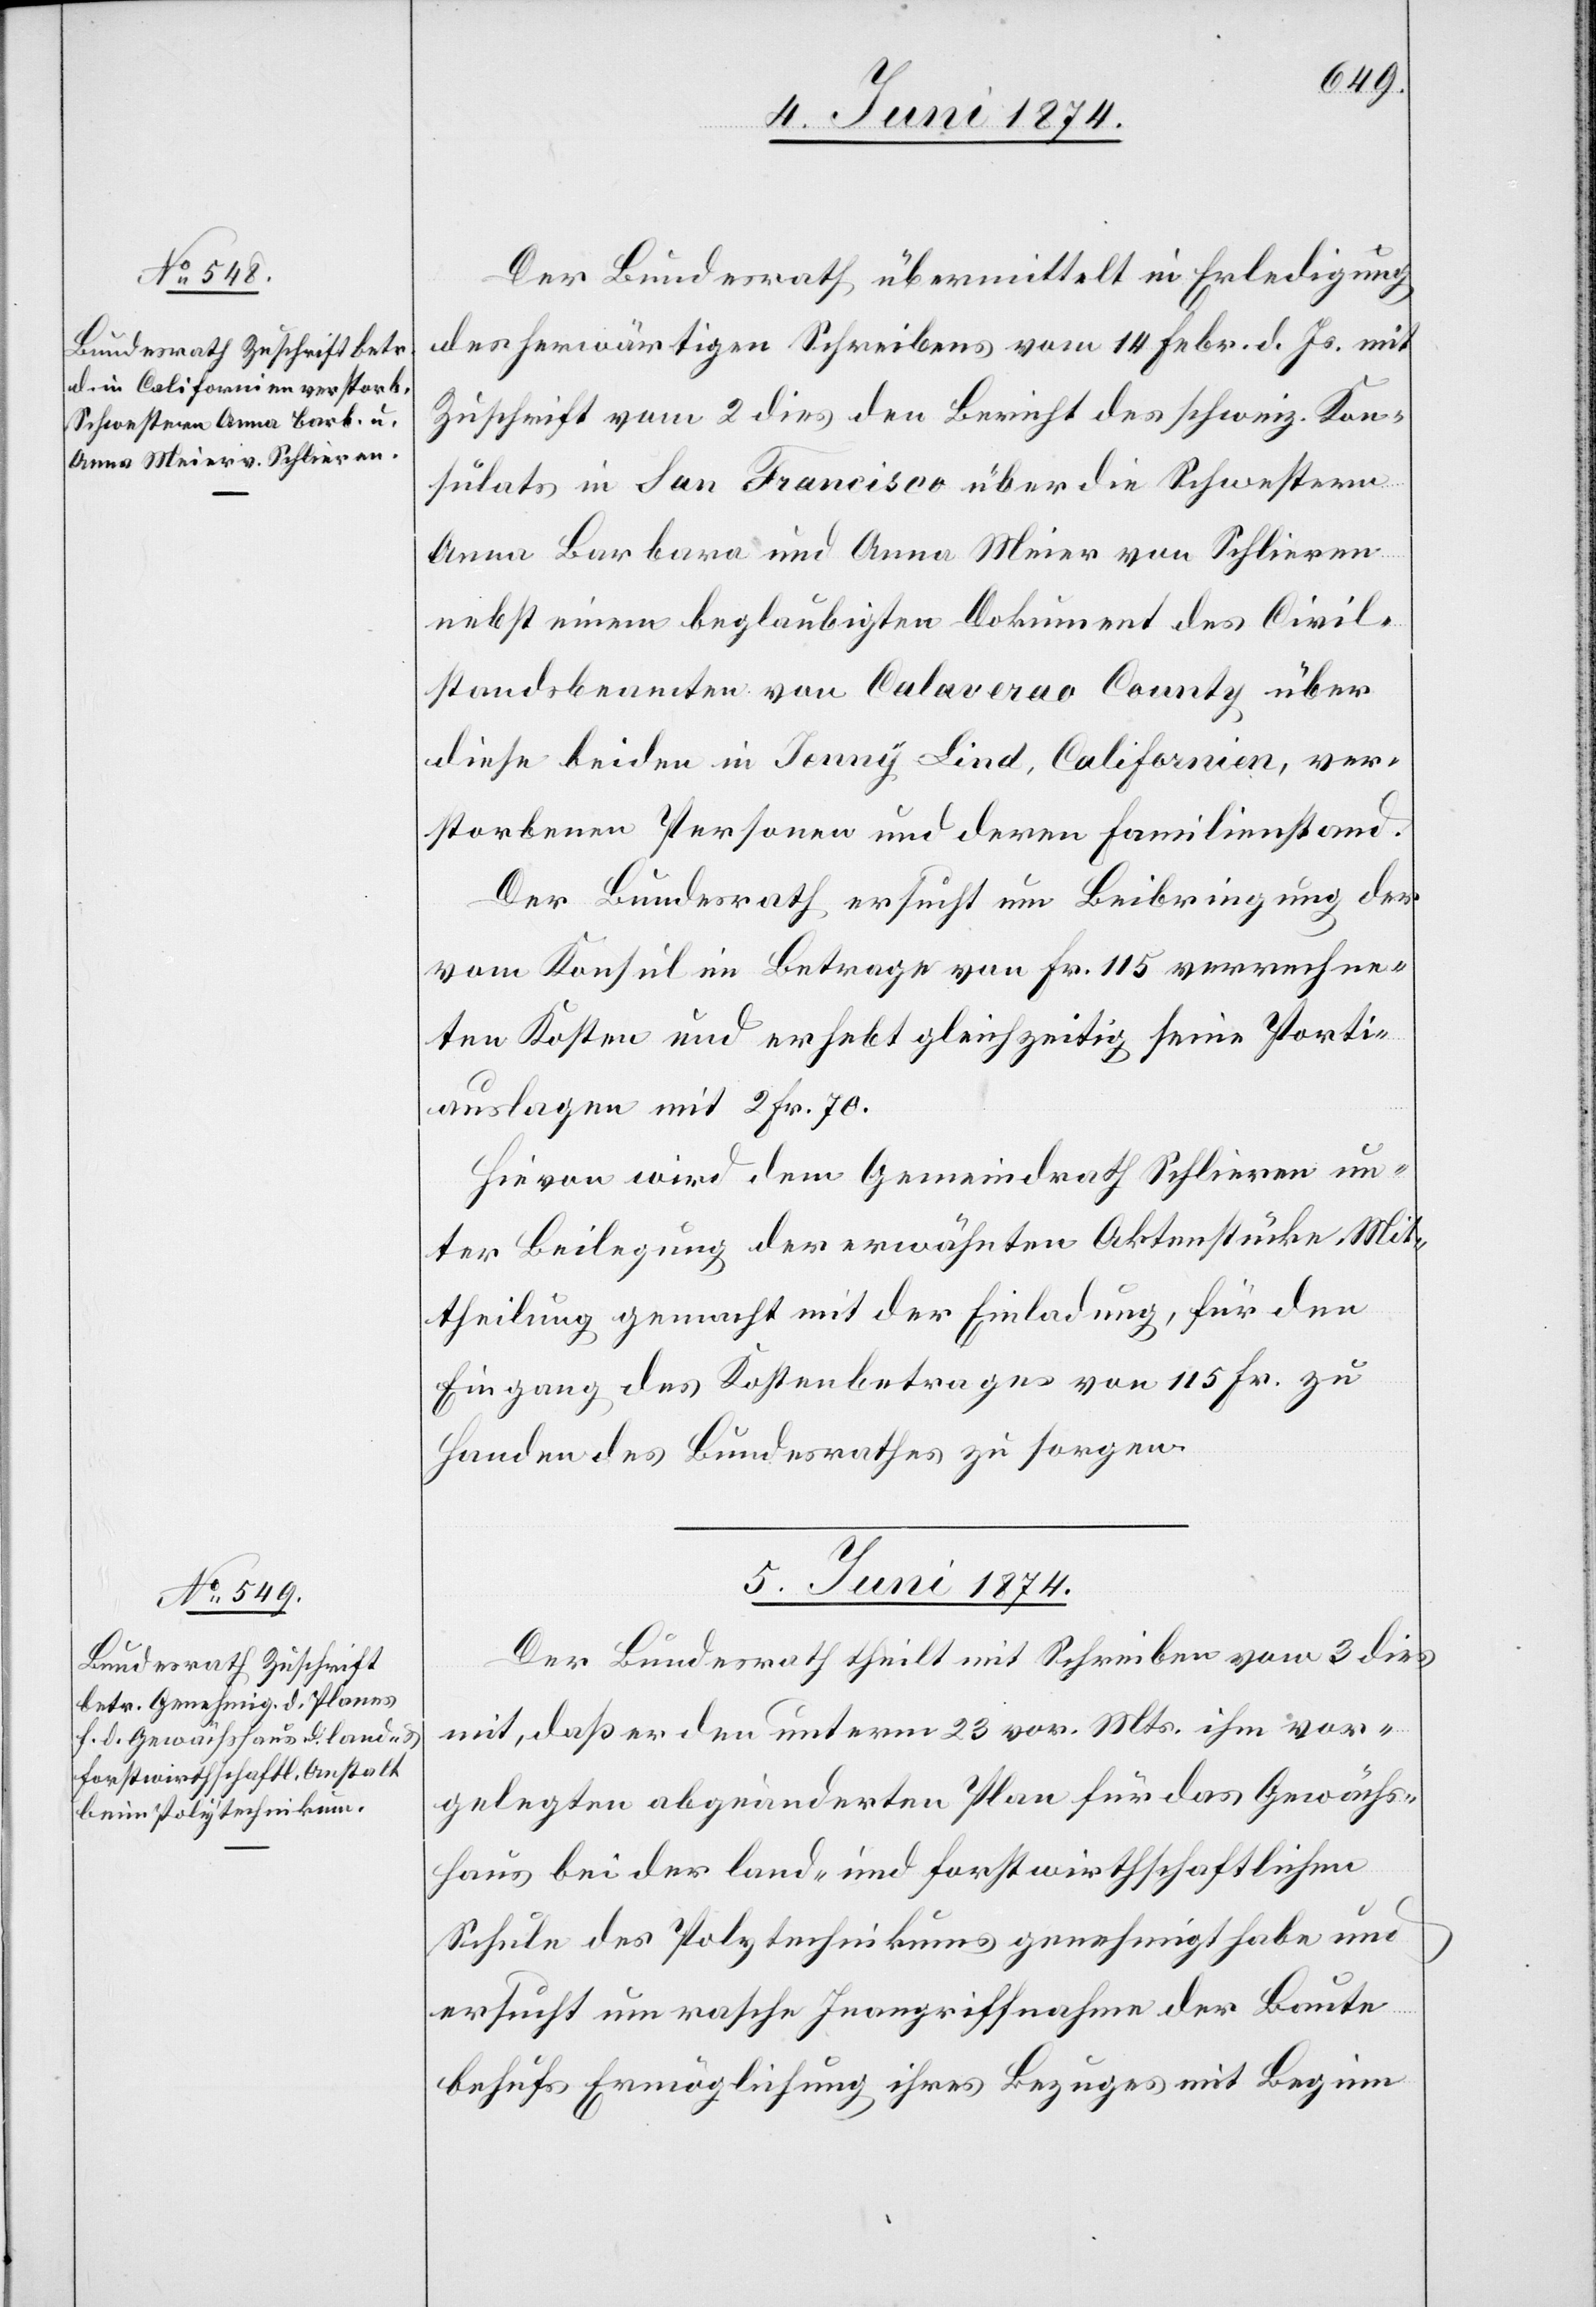
4. Juni 1874.]
Der Bundesrath übermittelt in Erledigung
des herwärtigen Schreibens vom 14. Febr. d. Js. mit
Zuschrift vom 2. dies den Bericht des schweiz. Kon¬
sulats in San Francisco über die Schwestern
Anna Barbara und Anna Meier von Schlieren
nebst einem beglaubigten Dokument des Civil¬
standsbeamten von Calaverao County über
diese beiden in Jenny Lind, Californien, ver¬
storbenen Personen und deren Familienstand.
Der Bundesrath ersucht um Beibringung der
vom Konsul im Betrage von Fr. 115 verrechne¬
ten Kosten und erhebt gleichzeitig seine Porti¬
auslagen mit 2 Fr. 70.
Hievon wird dem Gemeindrath Schlieren un¬
ter Beilegung der erwähnten Aktenstücke Mit¬
theilung gemacht mit der Einladung, für den
Eingang des Kostenbetrages von 115 Fr. zu
Handen des Bundesrathes zu sorgen.
5. Juni 1874.
Der Bundesrath theilt mit Schreiben vom 3. dies
mit, daß er den unterm 23. vor. Mts. ihm vor¬
gelegten abgeänderten Plan für das Gewächs¬
haus bei der land- und forstwirthschaftlichen
Schule des Polytechnikums genehmigt habe und
ersucht um rasche Inangriffnahme der Baute
behufs Ermöglichung ihres Bezuges mit Beginn